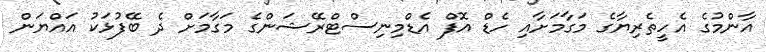
އާންމުގެ އެހީތެރިޔާގެ މަގާމަށާއި ހެޑް އޮފް އެޑްމިނިސްޓްރޭޝަންގެ މަގާމަށް ދެ ބޭފުޅަކު އައްޔަން